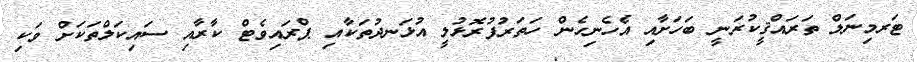
ޓަރމިނަލް ތަރައްޤީކުރަނީ ބަހަށާއި އެހެނިހެން ހަތަރުފުރޮޅުލީ އުޅަނދުތަކާއި ޕްރައިވެޓް ކާރާއި ސައިކަލްތަކަށް ވަކި